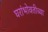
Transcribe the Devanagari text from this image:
घरांभोवतीच्या